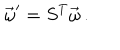
\vec { \omega } ^ { \prime } = S ^ { T } \vec { \omega } \, .